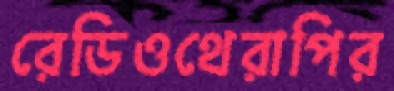
রেডিওথেরাপির